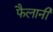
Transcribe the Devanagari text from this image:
फैलानी